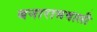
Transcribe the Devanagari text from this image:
बनारासवाली